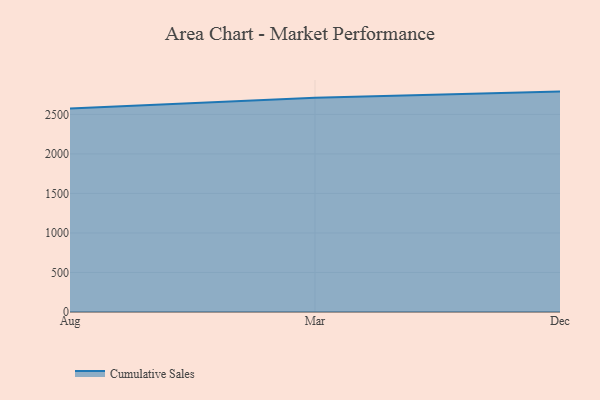
{"axis": {"x": "Month", "y": "Temperature (°C)"}, "legend": ["Cumulative Sales"], "data": [{"x": "Aug", "y": 2573.9, "type": "Cumulative Sales"}, {"x": "Mar", "y": 2710.6, "type": "Cumulative Sales"}, {"x": "Dec", "y": 2788.4, "type": "Cumulative Sales"}]}